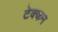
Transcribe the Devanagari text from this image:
टेक्कन